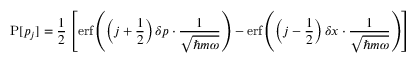
\operatorname { P } [ p _ { j } ] = { \frac { 1 } { 2 } } \left[ \operatorname { e r f } \left( \left( j + { \frac { 1 } { 2 } } \right) \delta p \cdot { \frac { 1 } { \sqrt { \hbar m \omega } } } \right) - \operatorname { e r f } \left( \left( j - { \frac { 1 } { 2 } } \right) \delta x \cdot { \frac { 1 } { \sqrt { \hbar m \omega } } } \right) \right]